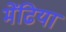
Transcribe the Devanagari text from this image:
मेंढिया